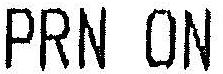
PRN ON